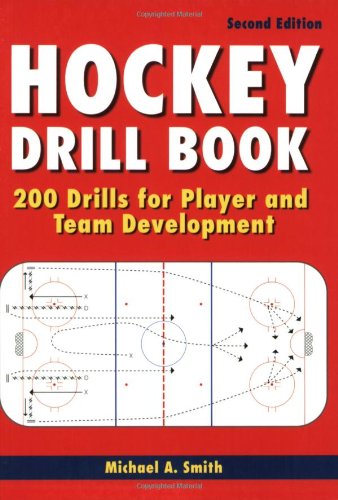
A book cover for Hockey Drill Book: 200 Drills for Player and Team Development; Michael Smith; Sports & Outdoors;